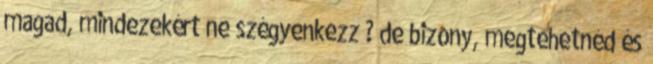
magad, mindezekért ne szégyenkezz ? de bizony, megtehetnéd és